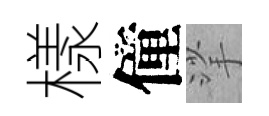
樣僮挲